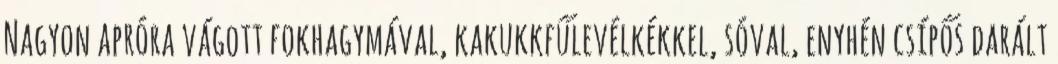
Nagyon apróra vágott fokhagymával, kakukkfűlevélkékkel, sóval, enyhén csípős darált